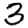
Digit: 3